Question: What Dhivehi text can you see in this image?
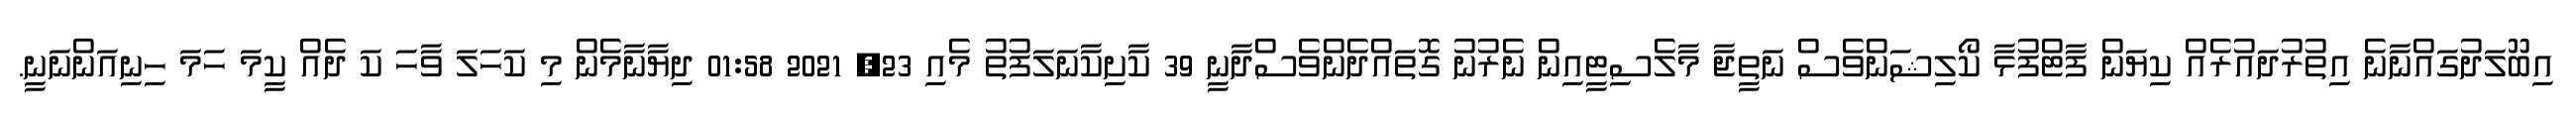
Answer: އިބޫލަދުގައްނާނެ އިތުރުދައުރެއް ކިޔަން ފާޓްފުޅާ ކޯލިޝަންވެސް ނަތީޖާ މާލެސިޓީއިން ނެރުނު ގޮތައްދެންވެސްދާނީ 39 ކާށިކާނަލަފުތު މެއި 23, 2021 01:58 ދިޔާނާމެން މި ކަހަލަ ވާހަ ކަ ދެއް ކީމަ ހަމަ ހިނިއަންނަނީ.